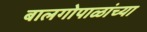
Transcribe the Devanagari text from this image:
बालगोपाळांच्या